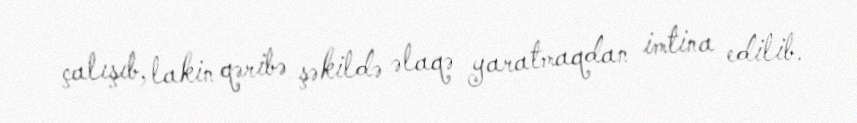
çalışıb, lakin qəribə şəkildə əlaqə yaratmaqdan imtina edilib.